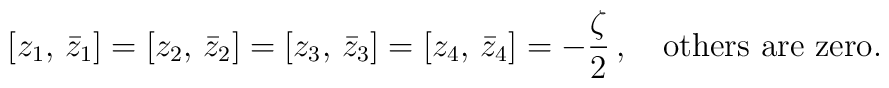
\left[ z_1,\,\bar{z}_1\right]=\left[ z_2,\,\bar{z}_2\right]=\left[ z_3,\,\bar{z}_3\right]=\left[ z_4,\,\bar{z}_4\right]= -\frac{\zeta}{2}\,,\quad \textrm{others are zero}.